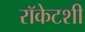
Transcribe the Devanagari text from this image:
रॉकेटशी